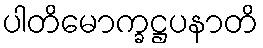
ပါတိမောက္ခဋ္ဌပနာတိ